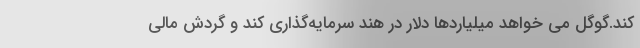
کند.گوگل می خواهد میلیاردها دلار در هند سرمایه‌گذاری کند و گردش مالی